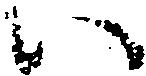
い